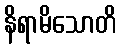
နိရာမိသောတိ